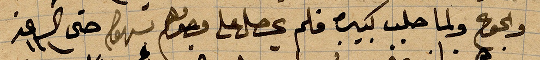
والجوع ولما حلب كبيره فلم يحصل على وجودهم سهول حتى الساعة ١١